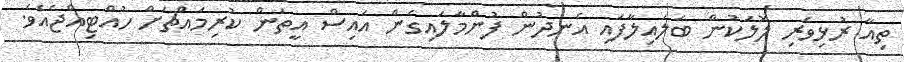
ތިއާ ރުޅިވެރި ލޮލަކުން ބަލައިލާފައި އެނދުން ފުންމާލައިގެން އައިސް އީތަން ކުރިމައްޗަށް ހުއްޓިއްޖެއެވެ.